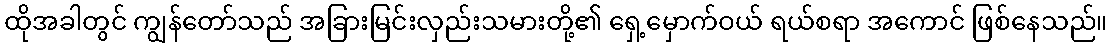
ထိုအခါတွင် ကျွန်တော်သည် အခြားမြင်းလှည်းသမားတို့၏ ရှေ့မှောက်ဝယ် ရယ်စရာ အကောင် ဖြစ်နေသည်။